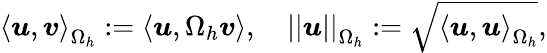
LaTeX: \left<\boldsymbol{u},\boldsymbol{v}\right>_{\Omega_{h}}:=\left<\boldsymbol{u},\Omega_{h}\boldsymbol{v}\right>,\quad\left|\left|\boldsymbol{u}\right|\right|_{\Omega_{h}}:=\sqrt{\left<\boldsymbol{u},\boldsymbol{u}\right>_{\Omega_{h}}},